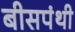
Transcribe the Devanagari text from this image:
बीसपंथी